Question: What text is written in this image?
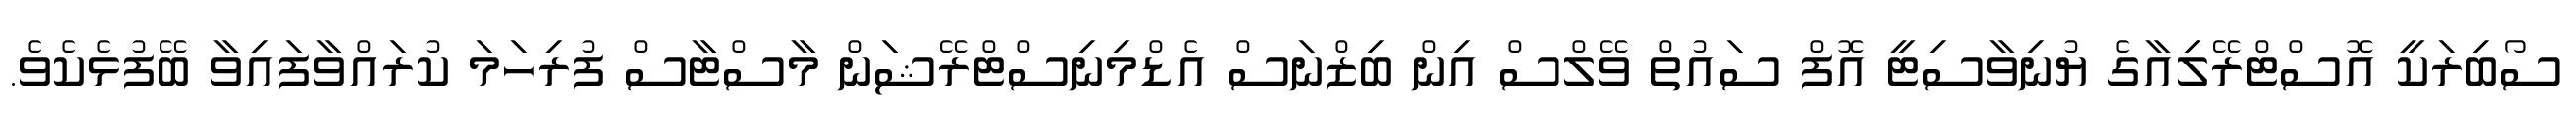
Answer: ސޯބިރަކީ އޮސްޓްރޭލިއާގެ ޔުނިވާސިޓީ އޮފް ސައުތް ވޭލްސް އިން ބިޒްނަސް އެޑްމިނިސްޓްރޭޝަން މާސްޓާސް ފުރިހަމަ ކުރައްވާފައިވާ ބޭފުޅެކެވެ.